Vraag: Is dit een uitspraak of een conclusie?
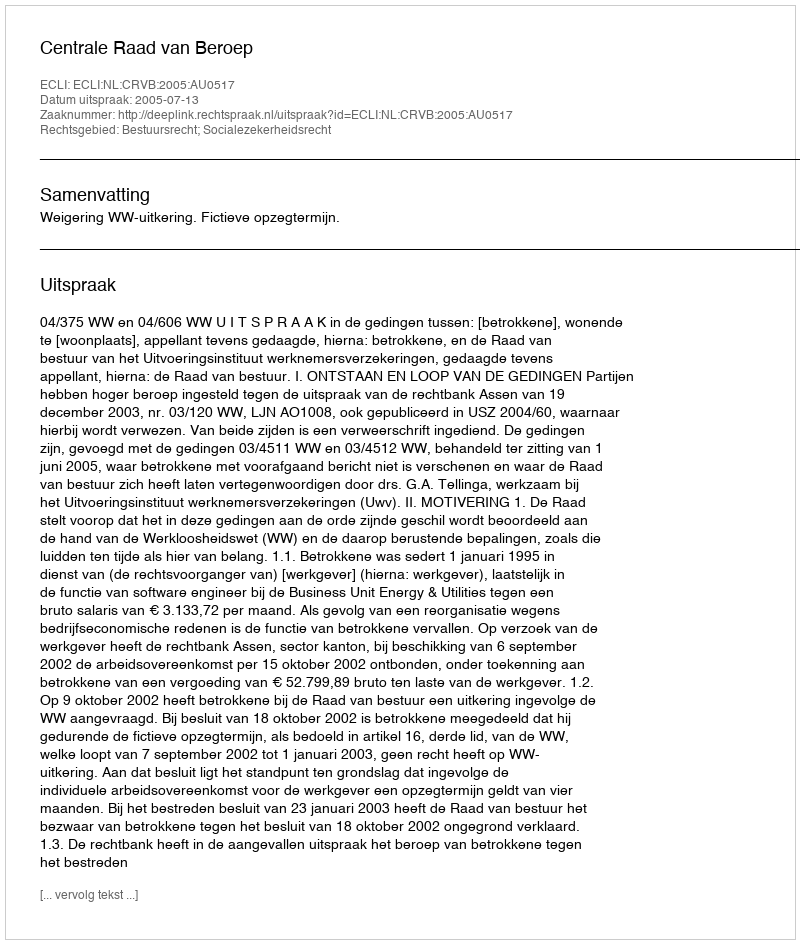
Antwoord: Uitspraak